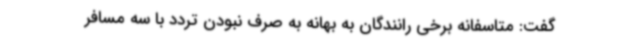
گفت: متاسفانه برخی رانندگان به بهانه به صرف نبودن تردد با سه مسافر